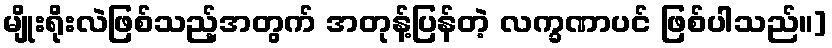
မျိုးရိုးလဲဖြစ်သည့်အတွက် အတုန့်ပြန်တဲ့ လက္ခဏာပင် ဖြစ်ပါသည်။]